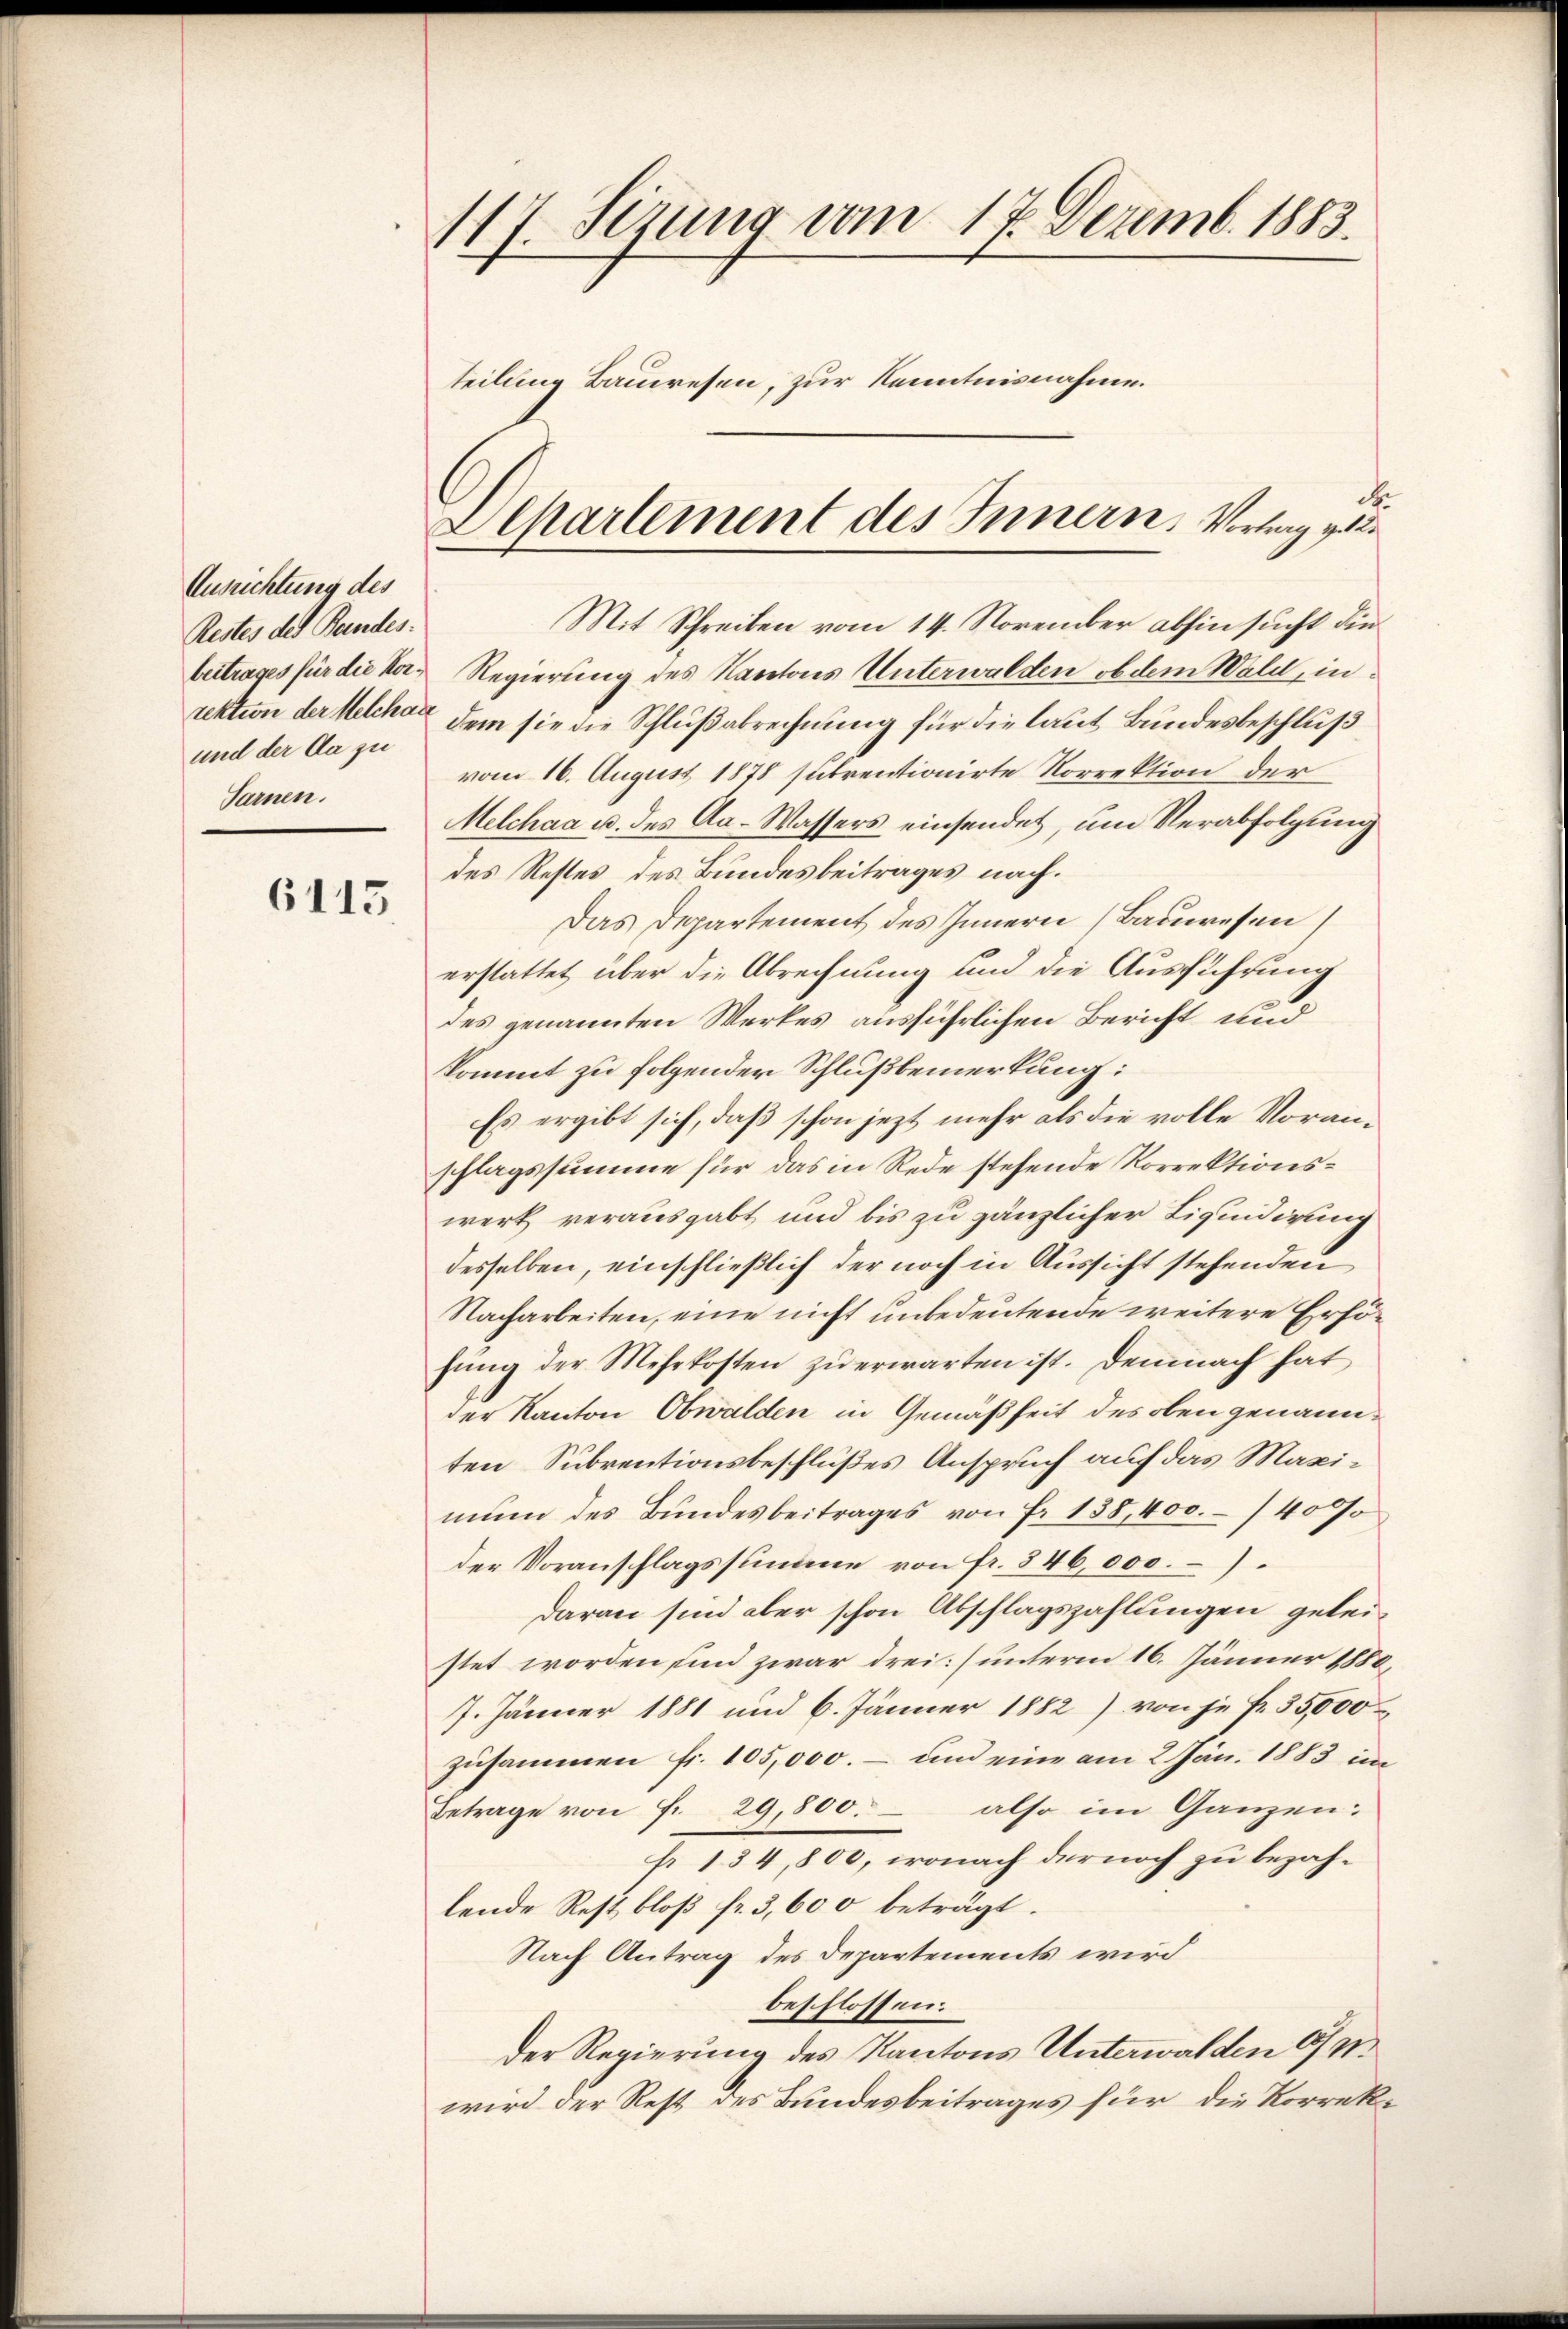
Ausrichtung des
Restes des Bundes.
und der Da zu
Sarnen.

6115

117. Sizung vom 17. Dezemb. 1883.
teilung Bauwesen, zur Kenntnisnahme.

d
Mit Schreiben vom 14. November abhin sucht die
beitrages für die her Regierung des Kantons Unterwalden ob dem Wald, in
rektion der Melche dem sie die Schlußabrechnung für die laut Bundesbeschluß
vom 16. August 1878 sutrentionirte Korrektion der
Melchaa u. des Aa-Wassers einsendet, um Verabfolgung
des Restes des Bundesbeitrages nach.
Das Departement des Innern Bauwesen
erstattet, über die Abrechnung und die Ausführung
des genannten Werkes ausführlichen Bericht und
kommt zu folgender Schlußbemerkung:
Es ergibt sich, daß schon jezt mehr als die volle Voranschlagssumme für das in Rede stehende Korrektionswerk verausgabt und bis zu gänzlicher Liquidirung
desselben, einschließlich der noch in Aussicht stehenden
Nacharbeiten, eine nicht unbedeutende weitere Erhöhŭng der Mehrkosten zŭ erwarten ist. Demnach hat
der Kanton Obwalden in Gemäßheit des oben genannten Subrentionsbeschlußes Anspruch auf das Maximun des Bundesbeitrages von Fr. 138,400.- (4000
der Voranschlagssumme von fr. 846,000.
daran sind aber schon Abschlagszahlungen geleistet worden sind zwar drei] unterm 16. Jänner 1880,
7. Jänner 1881 und 6. Jänner 1882) von je fr. 35,000
zusammen fr. 105,000. – und eine am 2. Jan. 1883 im
Betrage von Fr. 29,800. also im Ganzen:
fr 134,800, wonach der noch zu bezahlende Rest bloβ fr. 3,600 beträgt.
Nach Antrag des Departements wird
beschlossen:
der Regierung des Kantons Unterwalden 9 m
wird der Rest des Bundesbeitrages für die Korrek¬

Apartement des Innern. Vortrag v